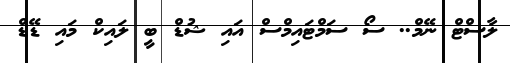
ލާސްޓް ނޭމް.. ސޯ ސަމްޓައިމްސް އައި ޝުޑް ބީ ލައިކް މައި ޑޭޑް